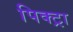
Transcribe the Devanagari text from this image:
पिक्ट्रा